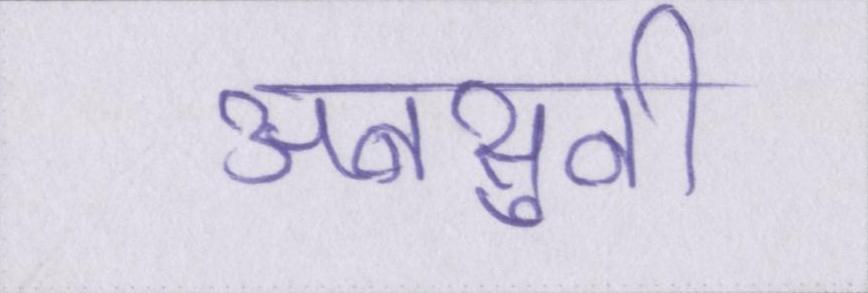
अनसुनी